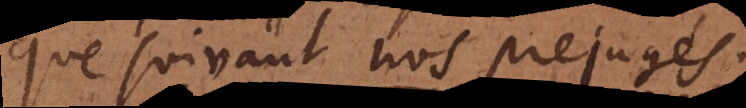
que suivant nos prejugés.